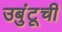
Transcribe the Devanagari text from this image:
उबुंटूची